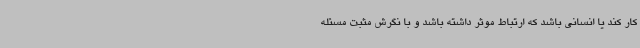
کار کند یا انسانی باشد که ارتباط موثر داشته باشد و با نگرش مثبت مسئله